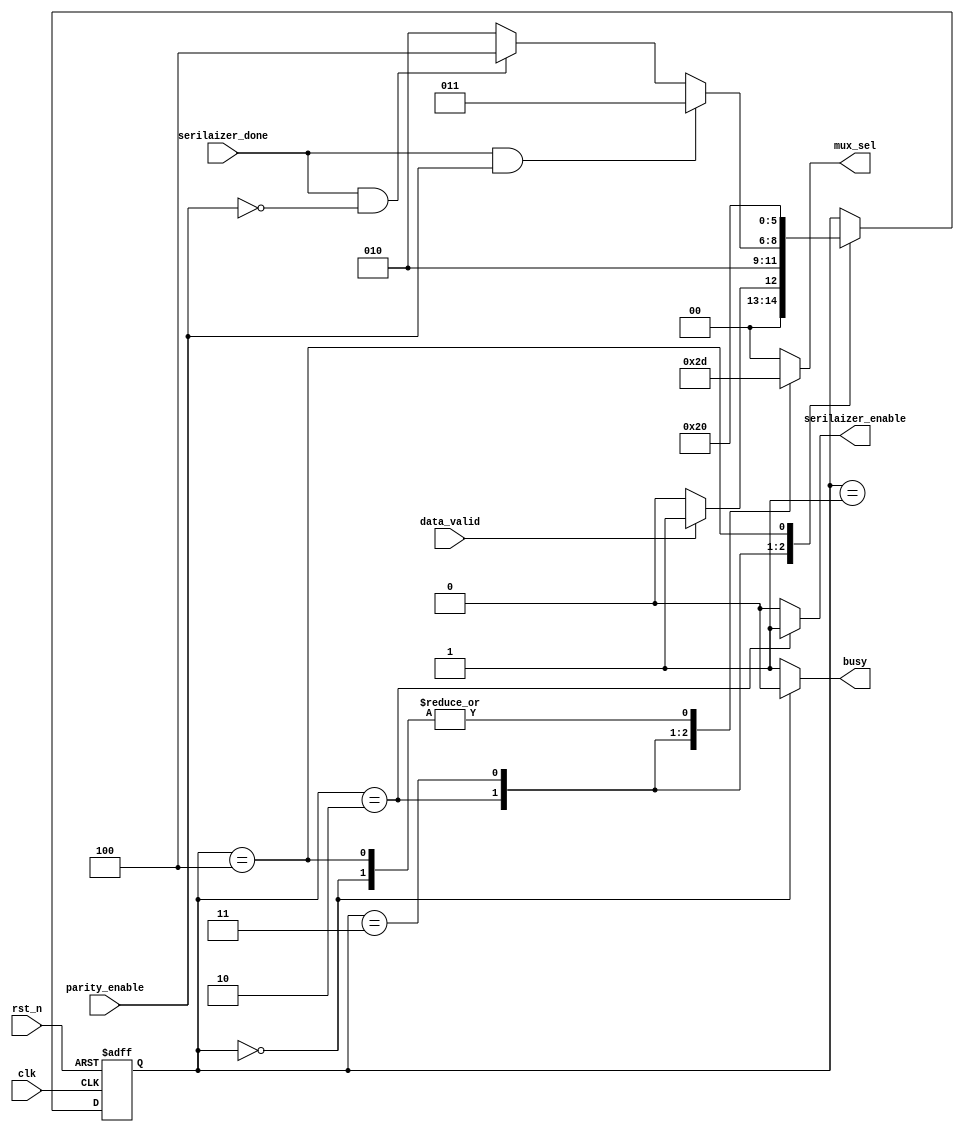
module fsm_controller#(parameter mux_width=2,width=3)(
input data_valid,serilaizer_done,parity_enable,
input clk,rst_n,
output reg serilaizer_enable,busy,
output reg [mux_width-1:0]mux_sel
);

reg [width-1:0]current_state,next_state;
////////////////////////////////////
///////  state_encoding   ///////// 
//////////////////////////////////
localparam IDLE=3'b000,START=3'b001,
           DATA=3'b010,PARITY=3'b011,
           STOP=3'b100;
//////////////////////////////////////
///////   state_transition     //////
////////////////////////////////////
always @(posedge clk , negedge rst_n ) begin
    if(!rst_n)
    current_state<=IDLE;
    else
    current_state<=next_state;
end
////////////////////////////////
////   next_State_logic    ////
//////////////////////////////
always @(*) begin
    next_state=current_state;
    case (current_state)
        IDLE: begin
            if(data_valid)
            next_state=START;
            else
            next_state=IDLE;
        end
        START:begin
            next_state=DATA;
        end
        DATA:begin
            if(serilaizer_done && parity_enable)
            next_state=PARITY;
            else if(serilaizer_done && !parity_enable)
            next_state=STOP;
            else
            next_state=DATA;
        end
        PARITY:begin
            next_state=STOP;
        end
        STOP:begin
            next_state=IDLE;
        end
        default: next_state=current_state;
    endcase
end
////////////////////////////////
////     output_logic      ////
//////////////////////////////
always @(*) begin
    busy=1;
    serilaizer_enable=0;
    case (current_state)
        IDLE: begin   
          busy=0;  
          mux_sel=1; 
        end
        START:begin
            mux_sel=0; 
        end
        DATA:begin
            serilaizer_enable=1;
            mux_sel=2;   
        end
        PARITY:begin
            mux_sel=3; 
        end
        STOP:begin   
            mux_sel=1; 
        end
        default: begin
            busy=1;
            serilaizer_enable=0;
            mux_sel=0;
        end
    endcase
end
endmodule